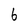
Character: 6